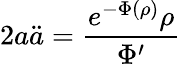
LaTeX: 2a\ddot{a}=\frac{e^{-\Phi(\rho)}\rho}{\Phi^{\prime}}